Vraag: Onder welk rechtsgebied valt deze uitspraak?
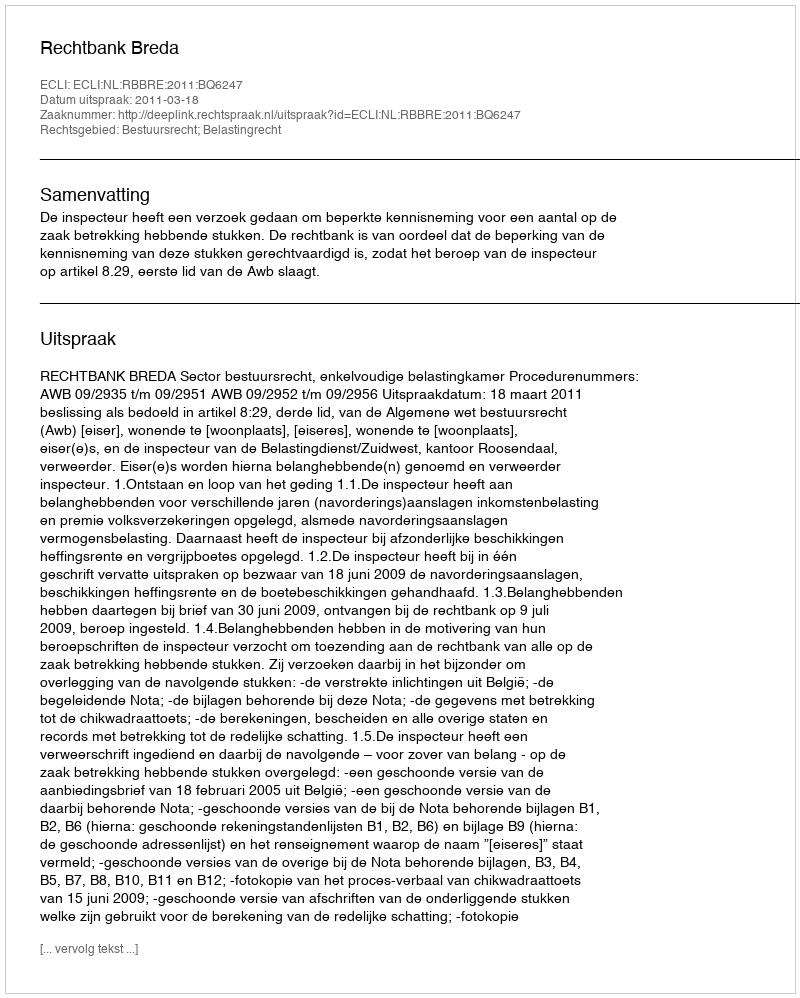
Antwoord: Bestuursrecht; Belastingrecht